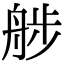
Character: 䑰